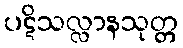
ပဋိသလ္လာနသုတ္တ